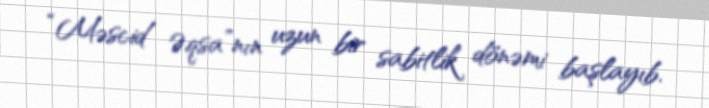
“Məscid Əqsa”nın uzun bir sabitlik dönəmi başlayıb.